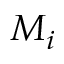
M _ { i }